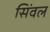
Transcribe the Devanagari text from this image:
सिंवल